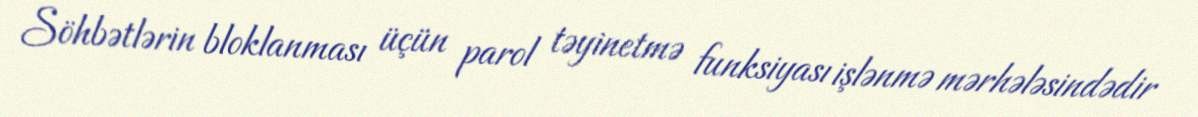
Söhbətlərin bloklanması üçün parol təyinetmə funksiyası işlənmə mərhələsindədir